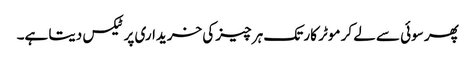
پھر سوئی سے لے کر موٹر کار تک ہر چیز کی خریداری پر ٹیکس دیتا ہے۔